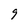
Character: 9